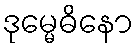
ဒုမ္မေဓိနော